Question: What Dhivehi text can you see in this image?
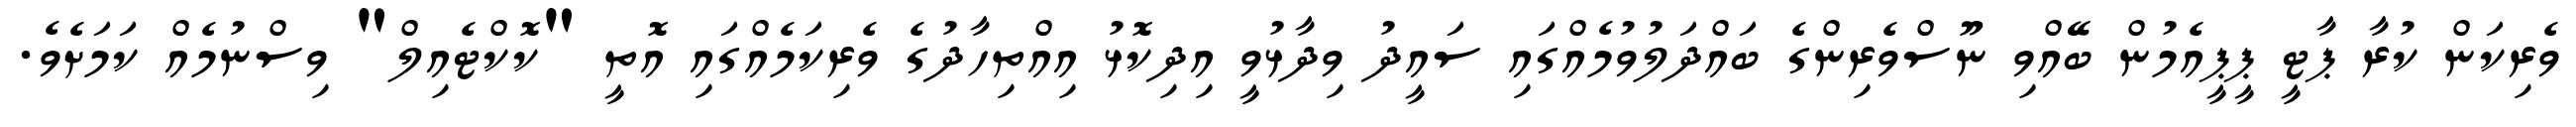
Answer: ވެރިކަން ކުރާ ޕާޓީ ޕީޕީއެމުން ބޭއްވި ނޫސްވެރިންގެ ބައްދަލުވުމެއްގައި ސައީދު ވިދާޅުވީ އިދިކޮޅު އިއްތިހާދުގެ ވެރިކަމެއްގައި އޮތީ "ކޮކްޓެއިލް" ވިސްނުމެއް ކަމަށެވެ.